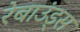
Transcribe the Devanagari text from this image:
रेबाउंड्स